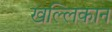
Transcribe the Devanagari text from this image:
खल्लिकान